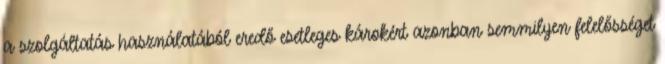
a szolgáltatás használatából eredő esetleges károkért azonban semmilyen felelősséget